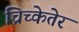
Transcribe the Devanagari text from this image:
च्रिच्केतेर